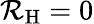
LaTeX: \mathcal{R}_{\mathrm{H}}=0